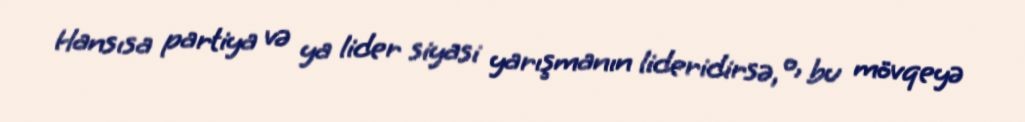
Hansısa partiya və ya lider siyasi yarışmanın lideridirsə, o, bu mövqeyə